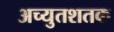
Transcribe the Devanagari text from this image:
अच्युतशतक